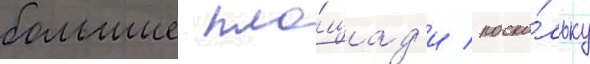
большие пло́щад'и / поско́льку